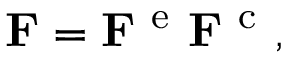
{ \bf F } = { \bf F } ^ { \mathrm { ~ e ~ } } { \bf F } ^ { \mathrm { ~ c ~ } } ,